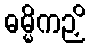
ဓမ္မိကဉှိ